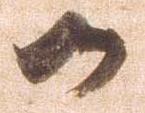
御